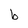
Character: b